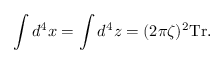
\int d ^ { 4 } x = \int d ^ { 4 } z = ( 2 \pi \zeta ) ^ { 2 } \mathrm { T r } .